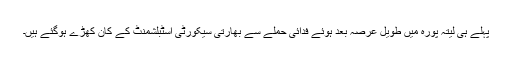
پہلے ہی لیتہ پورہ میں طویل عرصہ بعد ہوئے فدائی حملے سے بھارتی سیکورٹی اسٹبلشمنٹ کے کان کھڑے ہوگئے ہیں۔